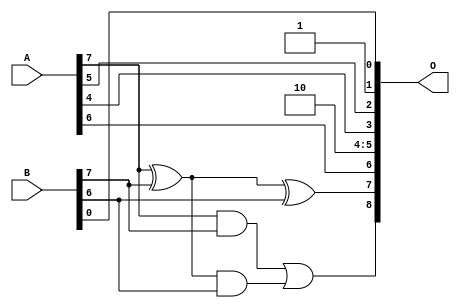
/***
* This code is a part of EvoApproxLib library (ehw.fit.vutbr.cz/approxlib) distributed under The MIT License.
* When used, please cite the following article(s): V. Mrazek, L. Sekanina, Z. Vasicek "Libraries of Approximate Circuits: Automated Design and Application in CNN Accelerators" IEEE Journal on Emerging and Selected Topics in Circuits and Systems, Vol 10, No 4, 2020 
* This file contains a circuit from a sub-set of pareto optimal circuits with respect to the pwr and wce parameters
***/
// MAE% = 6.74 %
// MAE = 34 
// WCE% = 19.14 %
// WCE = 98 
// WCRE% = 3400.00 %
// EP% = 99.22 %
// MRE% = 17.40 %
// MSE = 1688 
// PDK45_PWR = 0.0032 mW
// PDK45_AREA = 8.9 um2
// PDK45_DELAY = 0.12 ns


module add8u_8AS(A, B, O);
  input [7:0] A, B;
  output [8:0] O;
  wire sig_48, sig_49, sig_50;
  assign O[5] = 1'b1;
  assign O[1] = 1'b1;
  assign O[4] = 1'b0;
  assign sig_48 = A[7] ^ B[7];
  assign sig_49 = A[7] & B[7];
  assign sig_50 = sig_48 & B[6];
  assign O[7] = sig_48 ^ B[6];
  assign O[8] = sig_49 | sig_50;
  assign O[0] = B[0];
  assign O[2] = A[5];
  assign O[3] = A[4];
  assign O[6] = A[6];
endmodule